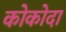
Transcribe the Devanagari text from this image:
कोकोदा